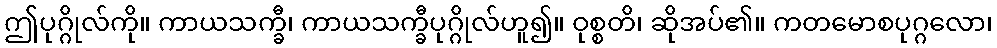
ဤပုဂ္ဂိုလ်ကို။ ကာယသက္ခီ၊ ကာယသက္ခီပုဂ္ဂိုလ်ဟူ၍။ ဝုစ္စတိ၊ ဆိုအပ်၏။ ကတမောစပုဂ္ဂလော၊